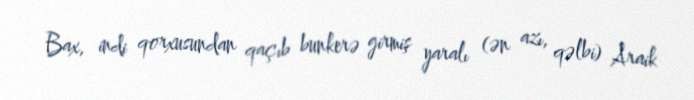
Bax, indi qorxusundan qaçıb bunkerə girmiş yaralı (ən azı, qəlbi) Araik